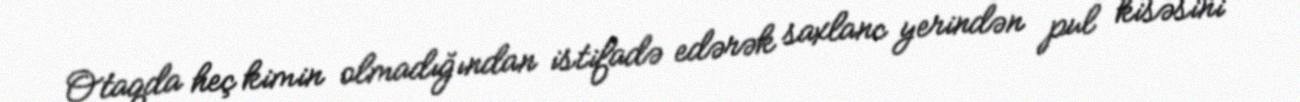
Otaqda heç kimin olmadığından istifadə edərək saxlanc yerindən pul kisəsini